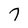
Character: 7